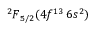
{ ^ 2 F } _ { 5 / 2 } ( 4 f ^ { 1 3 } \, 6 s ^ { 2 } )